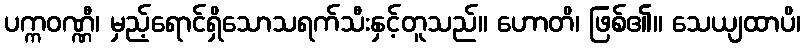
ပက္ကဝဏ္ဏီ၊ မှည့်ရောင်ရှိသောသရက်သီးနှင့်တူသည်။ ဟောတိ၊ ဖြစ်၏။ သေယျထာပိ၊